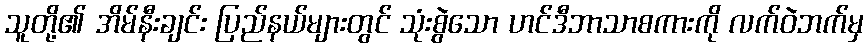
သူတို့၏ အိမ်နီးချင်း ပြည်နယ်များတွင် သုံးစွဲသော ဟင်ဒီဘာသာစကားကို လက်ဝဲဘက်မှ